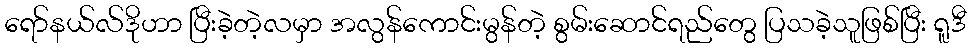
ရော်နယ်လ်ဒိုဟာ ပြီးခဲ့တဲ့လမှာ အလွန်ကောင်းမွန်တဲ့ စွမ်းဆောင်ရည်တွေ ပြသခဲ့သူဖြစ်ပြီး ရူဒီ